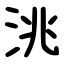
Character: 洮